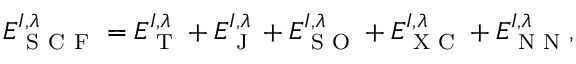
E _ { \mathrm { ~ S ~ C ~ F ~ } } ^ { I , \lambda } = E _ { \textrm { T } } ^ { I , \lambda } + E _ { \textrm { J } } ^ { I , \lambda } + E _ { \textrm { S O } } ^ { I , \lambda } + E _ { \textrm { X C } } ^ { I , \lambda } + E _ { \textrm { N N } } ^ { I , \lambda } ,